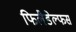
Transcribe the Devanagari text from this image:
फिलैडेल्फस